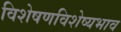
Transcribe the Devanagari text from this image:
विशेषणविशेष्यभाव